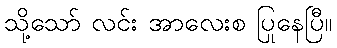
သို့သော် လင်း အာလေးစ ပြုနေပြီ။